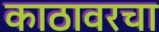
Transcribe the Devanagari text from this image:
काठावरचा